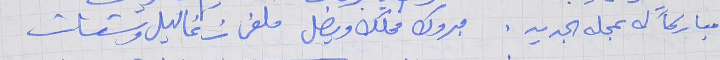
مباركاً له بمحله الجديد . مبروك محلك ويضل     ملفى زغاليل وستات